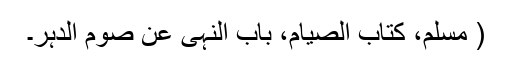
( مسلم، کتاب الصیام، باب النہی عن صوم الدہر۔